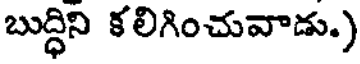
బుద్ధిని కలిగించువాడు.)